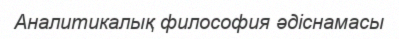
Аналитикалық философия әдіснамасы